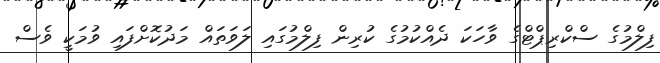
ފިލްމުގެ ސްކްރިޕްޓްގެ ވާހަކަ ދެއްކުމުގެ ކުރިން ފިލްމުގައި ލަވަތައް މަދުކޮށްފައި ވުމަކީ ވެސް